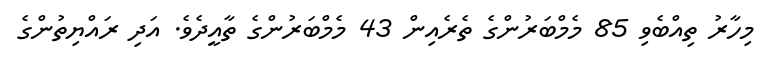
މިހާރު ތިއްބެވި 85 މެމްބަރުންގެ ތެރެއިން 43 މެމްބަރުންގެ ތާއީދެވެ. އަދި ރައްޔިތުންގެ